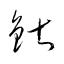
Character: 鍖